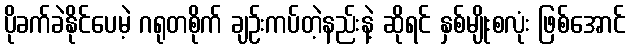
ပိုခက်ခဲနိုင်ပေမဲ့ ဂရုတစိုက် ချဉ်းကပ်တဲ့နည်းနဲ့ ဆိုရင် နှစ်မျိုးစလုံး ဖြစ်အောင်